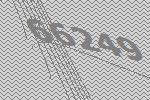
66249